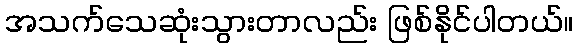
အသက်သေဆုံးသွားတာလည်း ဖြစ်နိုင်ပါတယ်။